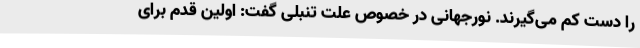
را دست کم می‌گیرند. نورجهانی در خصوص علت تنبلی گفت: اولین قدم برای